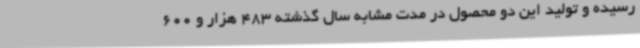
رسیده و تولید این دو محصول در مدت مشابه سال گذشته 483 هزار و 600